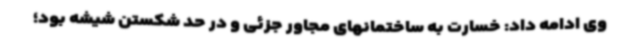
وی ادامه داد: خسارت به ساختمانهای مجاور جزئی و در حد شکستن شیشه بود؛